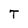
Character: T